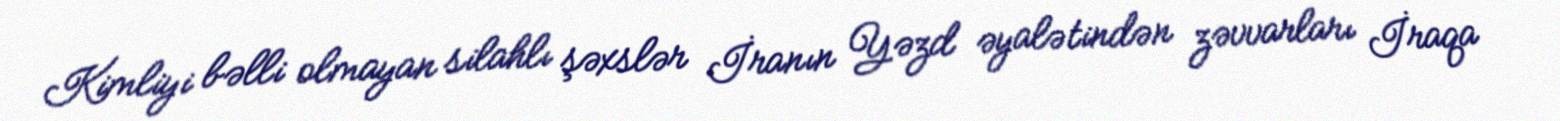
Kimliyi bəlli olmayan silahlı şəxslər İranın Yəzd əyalətindən zəvvarları İraqa